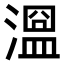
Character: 𣽭